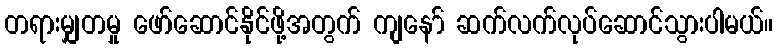
တရားမျှတမှု ဖော်ဆောင်နိုင်ဖို့အတွက် ကျနော် ဆက်လက်လုပ်ဆောင်သွားပါမယ်။